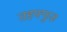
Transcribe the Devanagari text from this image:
तहफ्फुज़